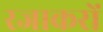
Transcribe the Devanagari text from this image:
रजाकरों